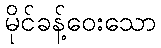
မိုင်ခန့်ဝေးသော